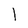
Character: 1